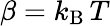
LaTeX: \beta=k_{\mathrm{B}}\, T